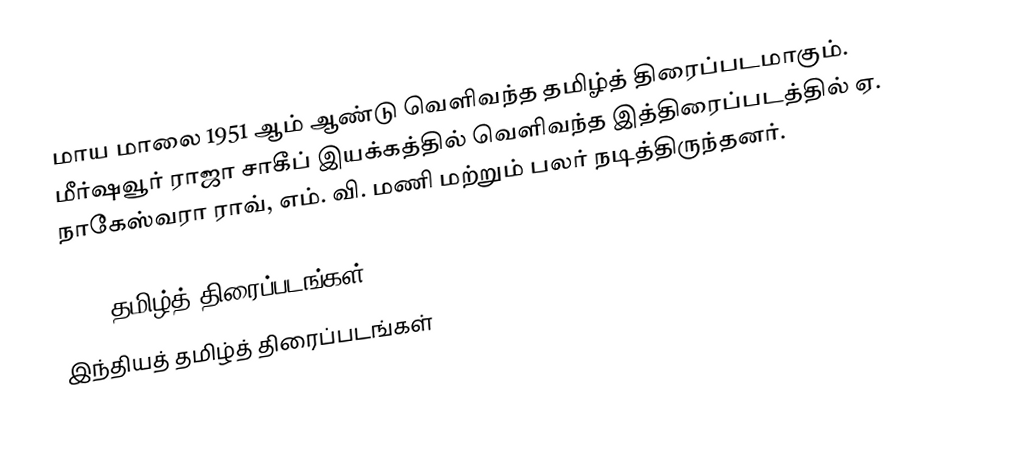
மாய மாலை 1951 ஆம் ஆண்டு வெளிவந்த தமிழ்த் திரைப்படமாகும். மீர்ஷவூர் ராஜா சாகீப் இயக்கத்தில் வெளிவந்த இத்திரைப்படத்தில் ஏ. நாகேஸ்வரா ராவ், எம். வி. மணி மற்றும் பலர் நடித்திருந்தனர்.

1951 தமிழ்த் திரைப்படங்கள்
இந்தியத் தமிழ்த் திரைப்படங்கள்